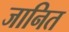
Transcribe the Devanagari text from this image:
जानित